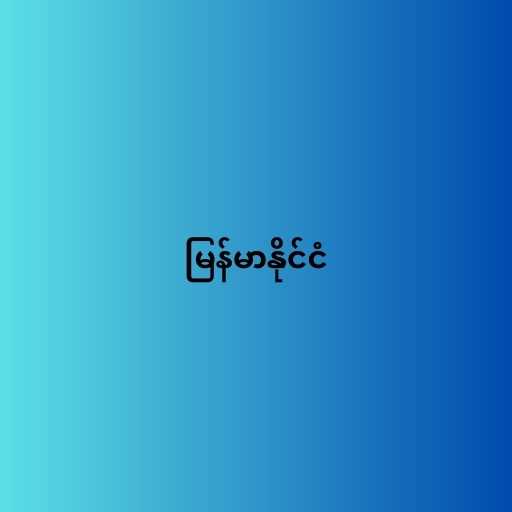
မြန်မာနိုင်ငံ